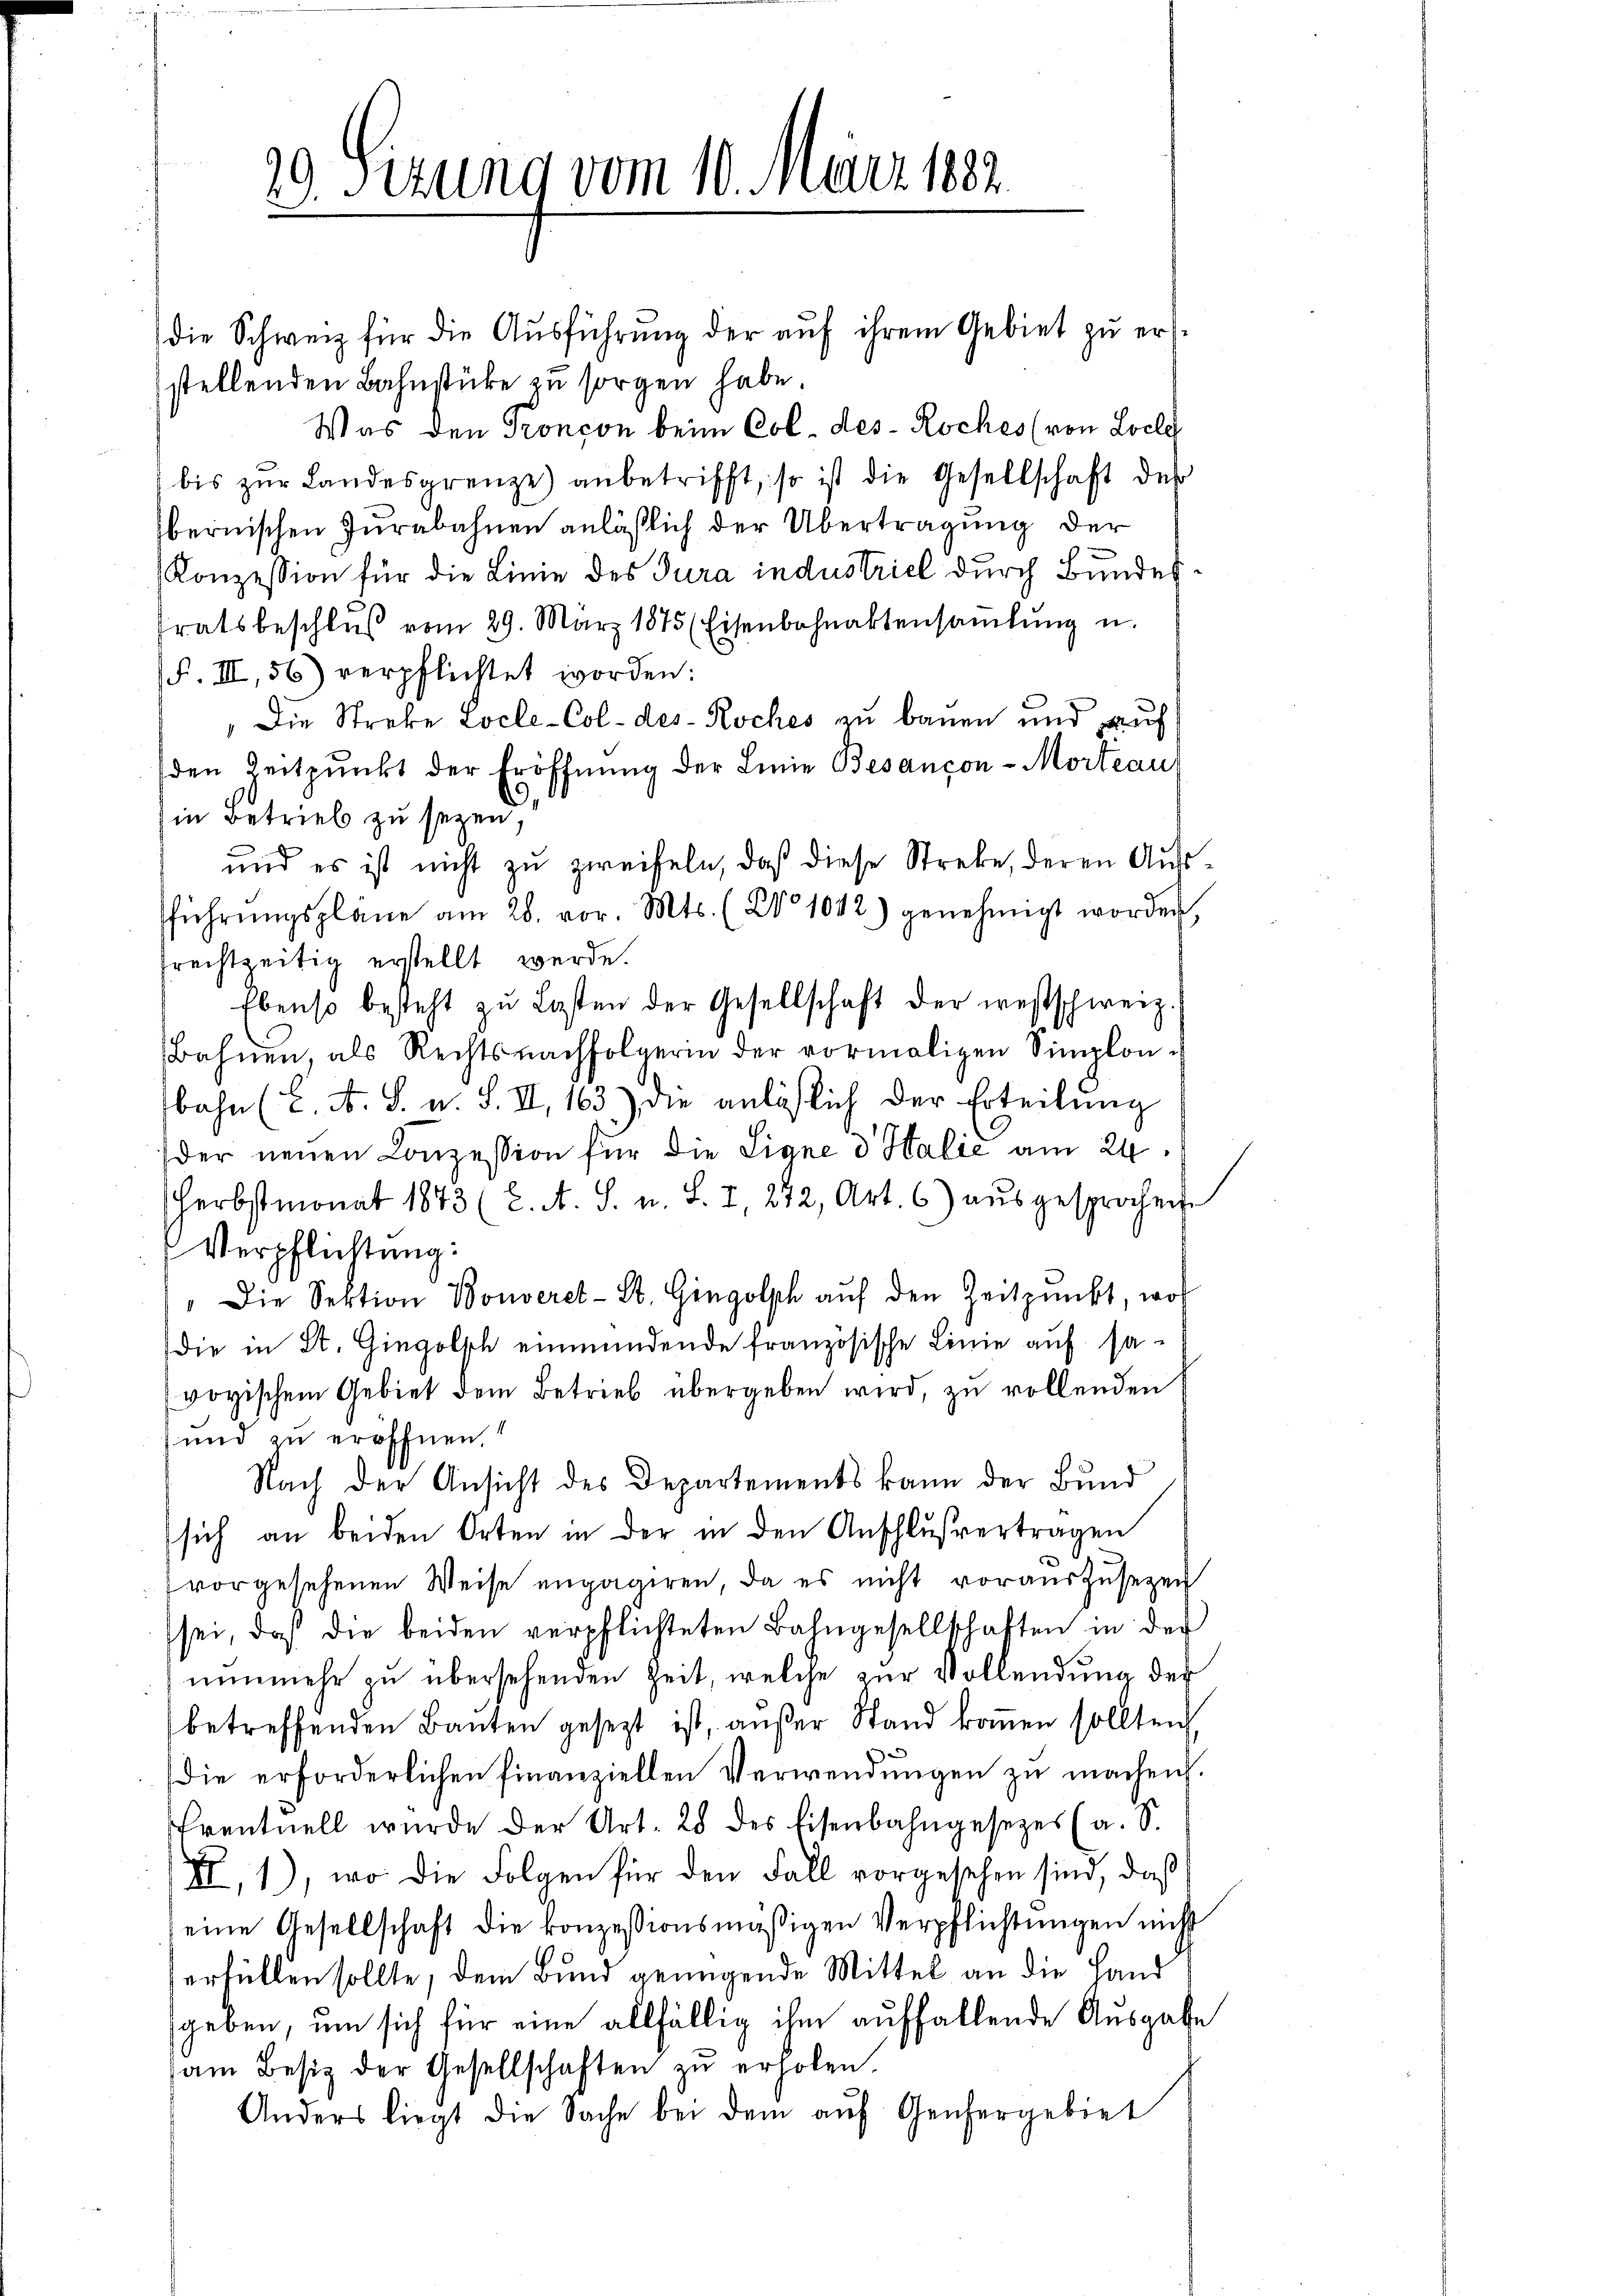
.
 Sizung vom 10. März 1882.
d

die Schweiz für die Ausführung der auf ihrem Gebiet zu erstellenden Bahnstücke zu sorgen habe.
Was den Pronçon beim Col- des Koches (von Loche
bis zŭr Landesgrenze) anbetrifft, so ist die Gesellschaft des
bernischen Jurabahnen anläßlich der Übertragung der
Konzession für die Linie des Jura industriel durch Bundestratsbeschlŭβ vom 29. März 1875 (Eisenbahnaktensaṁlŭng u.
F. III, 56) verpflichtet worden:
"Die Strebe Locle-Col-des- Roches zu bauen und auf
den Zeitpunkt der Eröffnung der Linie Besançon-Morte au
in Betrieb zu sezen,
und es ist nicht zu zweifeln, daß diese Streke, deren Aufführŭngsplane am 28. vor. Mts. (Co 1042) genehmigt worden,
rechtseitig erstellt werde.
Ebenso besteht zu Lasten der Gesellschaft der westschweiz.
Bahnen, als Rechtsnachfolgerin der vormaligen Simplon-
bahn (C. A. S. u. S. II, 163.) die anläßlich der Erteilung
der neuen Conzession für die Eigne d Halić am 24.
Herbstmonat 1843 (2. A. S. u. S. I, 242, Art. 6 aŭsgesprochen
Verpflichtung:
"Die Sektion Bonveret-St. Gingolph auf den Zeitpunkt, wor
die in St. Gingolsch einmündende französische Linie auf sa-
voyischem Gebiet dem Betrieb übergeben wird, zu vollenden
und zu eröffnen.
Nach der Ansicht des Departements kann der Bund
sich an beiden Orten in der in den Anschlußvertragen
vorgesehenen Weise engagiren, da es nicht vorauszusetzen
sei, daß die beiden verpflichteten Bahngesellschaften in der
nunmehr zu übersehenden Zeit, welche zur Vollendung der
betreffenden Baŭten gesezt ist, außer Stand koṁen sollten,
die erforderlichen Finanziellen Verwendungen zu machen.
Prentuell wurde der Art. 28 des Eisenbahngesezes (a. S.
XI, 1), wo die Folgen für den Fall vorgesehen sind, daß
eine Gesellschaft die konzessionsmäßigen Verpflichtungen nicht
verfüllen sollte, dem Bund genügende Mittel an die Hand
geben, um sich für eine allfällig ihm auffallende Ausgabe
am Besitz der Gesellschaften zŭ erholen,
Anders liegt die Sache bei dem aŭf Genergebiet